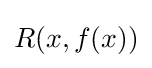
R(x,f(x))